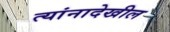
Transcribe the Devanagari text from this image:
त्यांनादेखील